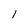
Character: l